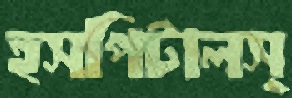
হসপিটালস্